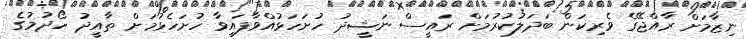
ނިޒާމަށް ރާއްޖޭގެ ވެރިކަން ބަދަލުކުރުމަށް ރައީސް ނަޝީދު ހުށަހަޅުއްވާފައިވާ ހުށަހެޅުމަށް ތާއީދު ހޯދުމުގެ